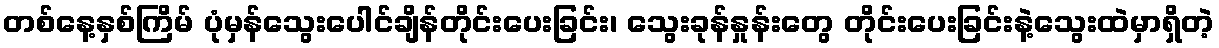
တစ်နေ့နှစ်ကြိမ် ပုံမှန်သွေးပေါင်ချိန်တိုင်းပေးခြင်း၊ သွေးခုန်နှုန်းတွေ တိုင်းပေးခြင်းနဲ့သွေးထဲမှာရှိတဲ့